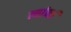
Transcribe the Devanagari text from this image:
त्‍यांनां